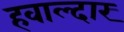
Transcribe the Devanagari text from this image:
हवाल्दार